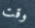
وقت